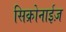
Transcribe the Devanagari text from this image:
सिक्रोनाईज़